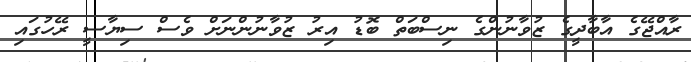
ރާއްޖޭގެ އާބާދީގެ ޒުވާނުންގެ ނިސްބަތް ބޮޑު އިރު ޒުވާނުންނަށް ވެސް ސިޔާސީ ރޭހުގައި